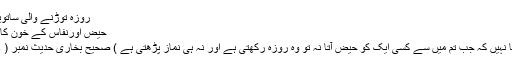
روزہ توڑنے والی ساتویں چيز :
حیض اورنفاس کے خون کا اخراج :
( کیا ایسا نہيں کہ جب تم میں سے کسی ایک کو حيض آتا نہ تو وہ روزہ رکھتی ہے اور نہ ہی نماز پڑھتی ہے ) صحیح بخاری حدیث نمبر ( 304 ) ۔